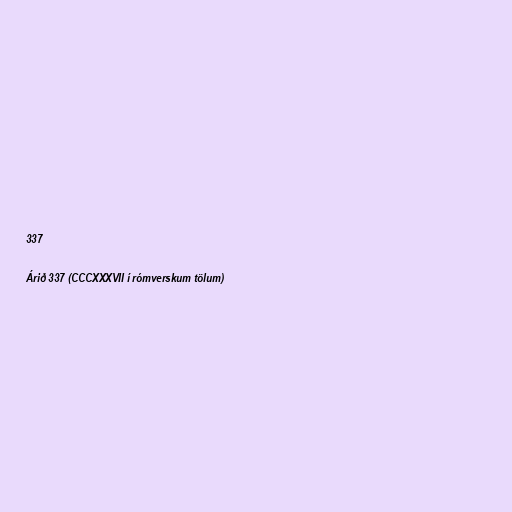
337

Árið 337 (CCCXXXVII í rómverskum tölum)